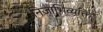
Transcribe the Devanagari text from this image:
निजाभिव्यक्ति